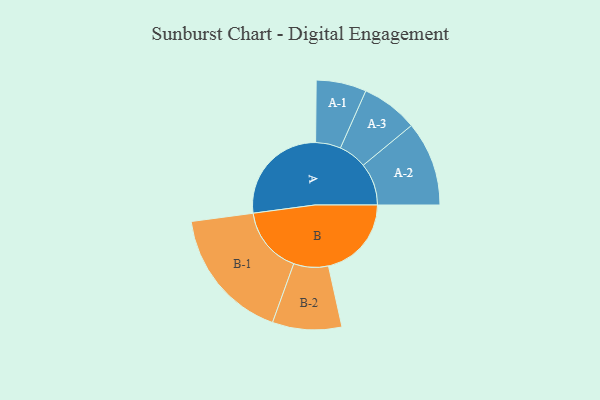
{"axis": {"x": "Segment", "y": "Value"}, "legend": ["", "A", "B"], "data": [{"x": "A", "y": 452, "type": ""}, {"x": "B", "y": 357, "type": ""}, {"x": "A-1", "y": 108, "type": "A"}, {"x": "A-2", "y": 182, "type": "A"}, {"x": "A-3", "y": 122, "type": "A"}, {"x": "B-1", "y": 288, "type": "B"}, {"x": "B-2", "y": 149, "type": "B"}]}